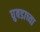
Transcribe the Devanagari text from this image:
घुबडाच्या